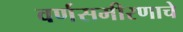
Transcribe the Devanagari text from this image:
वर्णसमीरणाचे